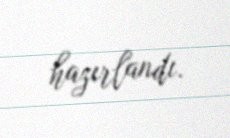
hazırlandı.